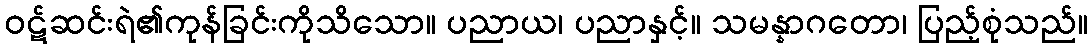
ဝဋ်ဆင်းရဲ၏ကုန်ခြင်းကိုသိသော။ ပညာယ၊ ပညာနှင့်။ သမန္နာဂတော၊ ပြည့်စုံသည်။